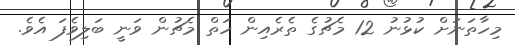
މިހާތަނަށް ކުޅުނު 12 މެޗުގެ ތެރެއިން ހަތް މެޗުން ވަނީ ބަލިވެފަ އެވެ.